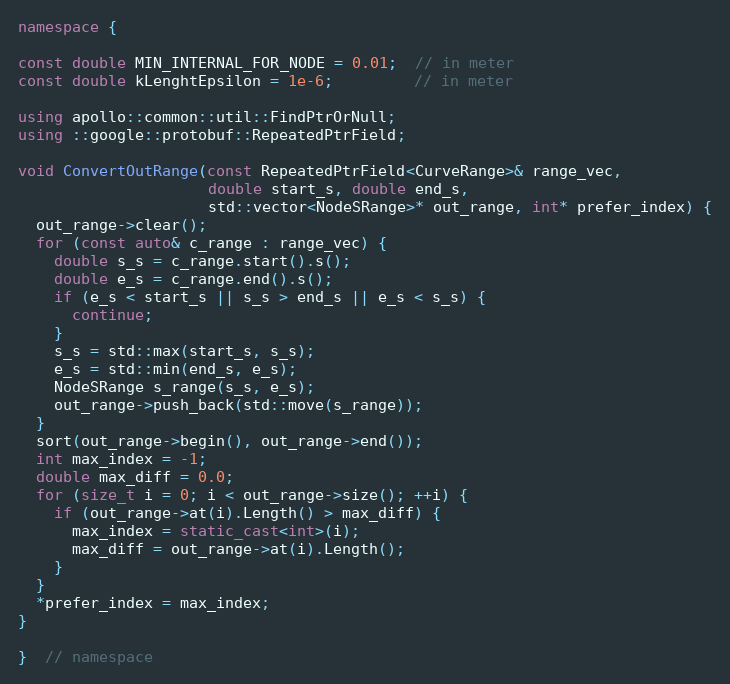
Language: C++
namespace {

const double MIN_INTERNAL_FOR_NODE = 0.01;  // in meter
const double kLenghtEpsilon = 1e-6;         // in meter

using apollo::common::util::FindPtrOrNull;
using ::google::protobuf::RepeatedPtrField;

void ConvertOutRange(const RepeatedPtrField<CurveRange>& range_vec,
                     double start_s, double end_s,
                     std::vector<NodeSRange>* out_range, int* prefer_index) {
  out_range->clear();
  for (const auto& c_range : range_vec) {
    double s_s = c_range.start().s();
    double e_s = c_range.end().s();
    if (e_s < start_s || s_s > end_s || e_s < s_s) {
      continue;
    }
    s_s = std::max(start_s, s_s);
    e_s = std::min(end_s, e_s);
    NodeSRange s_range(s_s, e_s);
    out_range->push_back(std::move(s_range));
  }
  sort(out_range->begin(), out_range->end());
  int max_index = -1;
  double max_diff = 0.0;
  for (size_t i = 0; i < out_range->size(); ++i) {
    if (out_range->at(i).Length() > max_diff) {
      max_index = static_cast<int>(i);
      max_diff = out_range->at(i).Length();
    }
  }
  *prefer_index = max_index;
}

}  // namespace